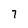
Character: 7